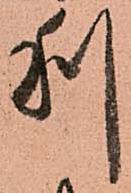
利